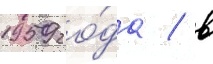
1959 го́да / в